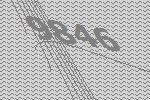
9846